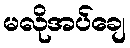
မလိုအပ်ချေ